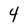
Character: 4